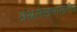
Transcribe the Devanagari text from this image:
ग्रंथलेखनाखेरीज